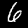
Digit: 6